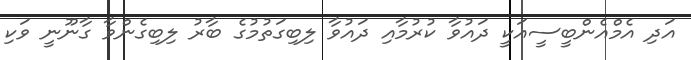
އަދި އެމްއެންބީސީއަކީ ދައުވާ ކުރުމާއި ދައުވާ ލިބިގަތުމުގެ ބާރު ލިބިގެންވާ ގާނޫނީ ވަކި